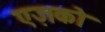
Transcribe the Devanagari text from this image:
एज़को